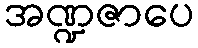
အဏ္ဍဇာပေ